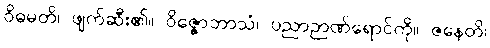
ဝိဓမတိ၊ ဖျက်ဆီး၏။ ဝိဇ္ဇောဘာသံ၊ ပညာဉာဏ်ရောင်ကို။ ဇနေတိ၊